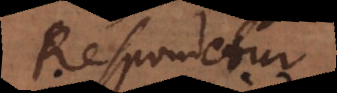
Respondetur